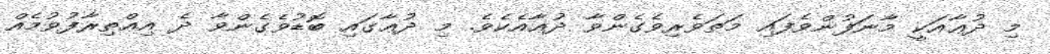
މި ދުޢާއަކީ މާނަފުންވެފައި މަތަވެރިވެގެންވާ ދުޢާއެކެވެ. މި ދުޢާގައި ބޮޑުވެގެންވާ ދެ އިޢްތިރާފުވުމެއް